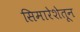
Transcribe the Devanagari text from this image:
सिमारेशेतून